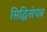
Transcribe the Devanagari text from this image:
सिद्धिसंपन्न